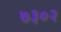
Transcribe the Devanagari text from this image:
७३०२